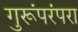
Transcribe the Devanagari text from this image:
गुरूंपरंपरा